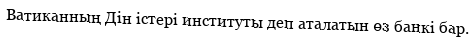
Ватиканның Дін істері институты деп аталатын өз банкі бар.